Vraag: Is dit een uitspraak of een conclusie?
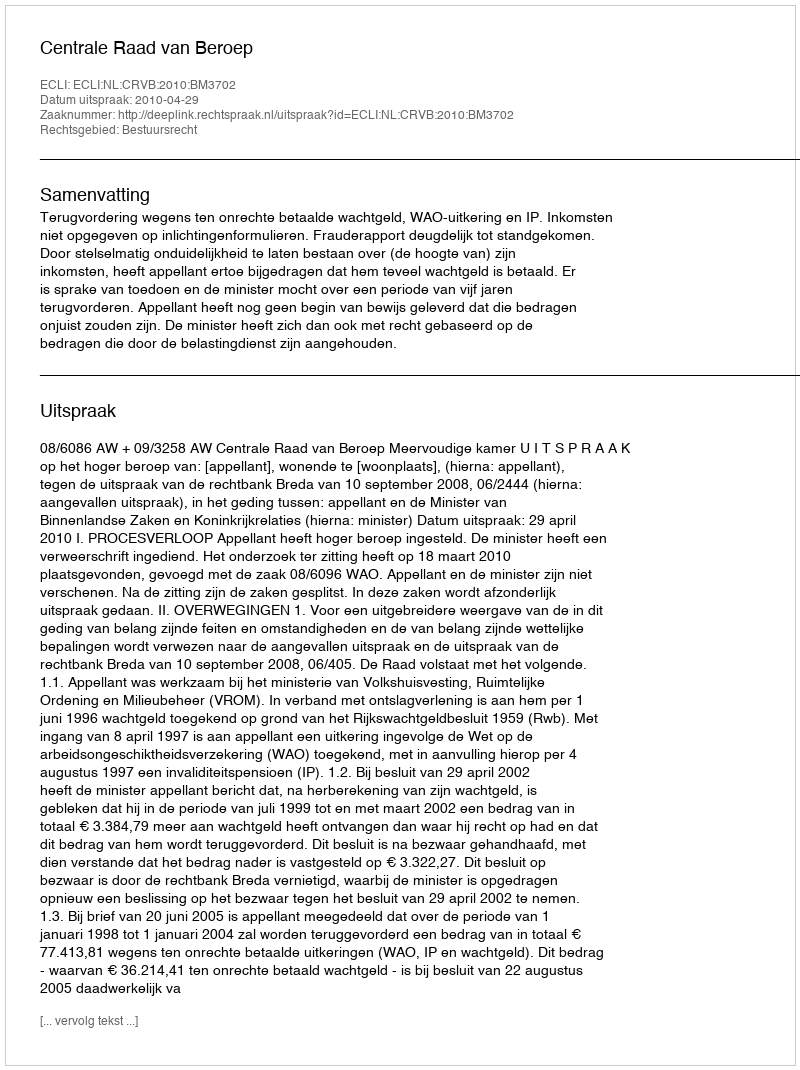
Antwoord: Uitspraak